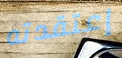
إعتقدته